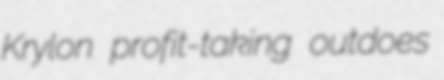
Krylon profit-taking outdoes